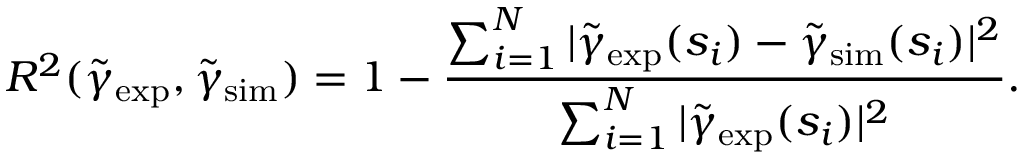
R ^ { 2 } ( \tilde { \gamma } _ { \mathrm { e x p } } , \tilde { \gamma } _ { \mathrm { s i m } } ) = 1 - \frac { \sum _ { i = 1 } ^ { N } | \tilde { \gamma } _ { \mathrm { e x p } } ( s _ { i } ) - \tilde { \gamma } _ { \mathrm { s i m } } ( s _ { i } ) | ^ { 2 } } { \sum _ { i = 1 } ^ { N } | \tilde { \gamma } _ { \mathrm { e x p } } ( s _ { i } ) | ^ { 2 } } .